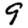
Digit: 9